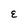
Character: E